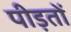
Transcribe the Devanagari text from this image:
पीड़तों